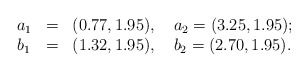
\begin{align*}\left.\begin{array}{lll}a_{1}&=&(0.77,1.95), \quad a_{2}=(3.25, 1.95); \\b_{1}&=&(1.32, 1.95), \quad b_{2}=(2.70, 1.95).\end{array}\right.\end{align*}